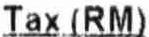
TAX (RM)